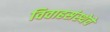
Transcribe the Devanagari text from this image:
विवाहसंस्थेचे